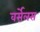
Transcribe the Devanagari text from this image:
वर्सेलस